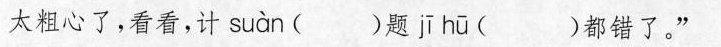
太粗心了，看看，计suan ()题 ji hu ()都错了。”